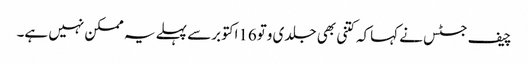
چیف جسٹس نے کہاکہ کتنی بھی جلدی وتو16اکتوبرسے پہلے یہ ممکن نہیں ہے۔